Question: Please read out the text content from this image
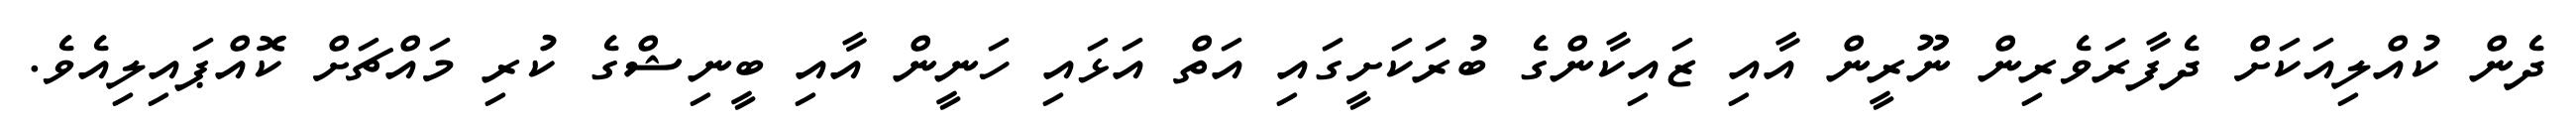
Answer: ދެން ކުއްލިއަކަށް ދެފާރަވެރިން ނޫރީން އާއި ޒައިކާންގެ ބުރަކަށީގައި އަތް އަޅައި ހަނީން އާއި ބީނިޝްގެ ކުރި މައްޗަށް ކޮއްޕައިލިއެވެ.